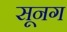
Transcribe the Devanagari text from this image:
सूनग